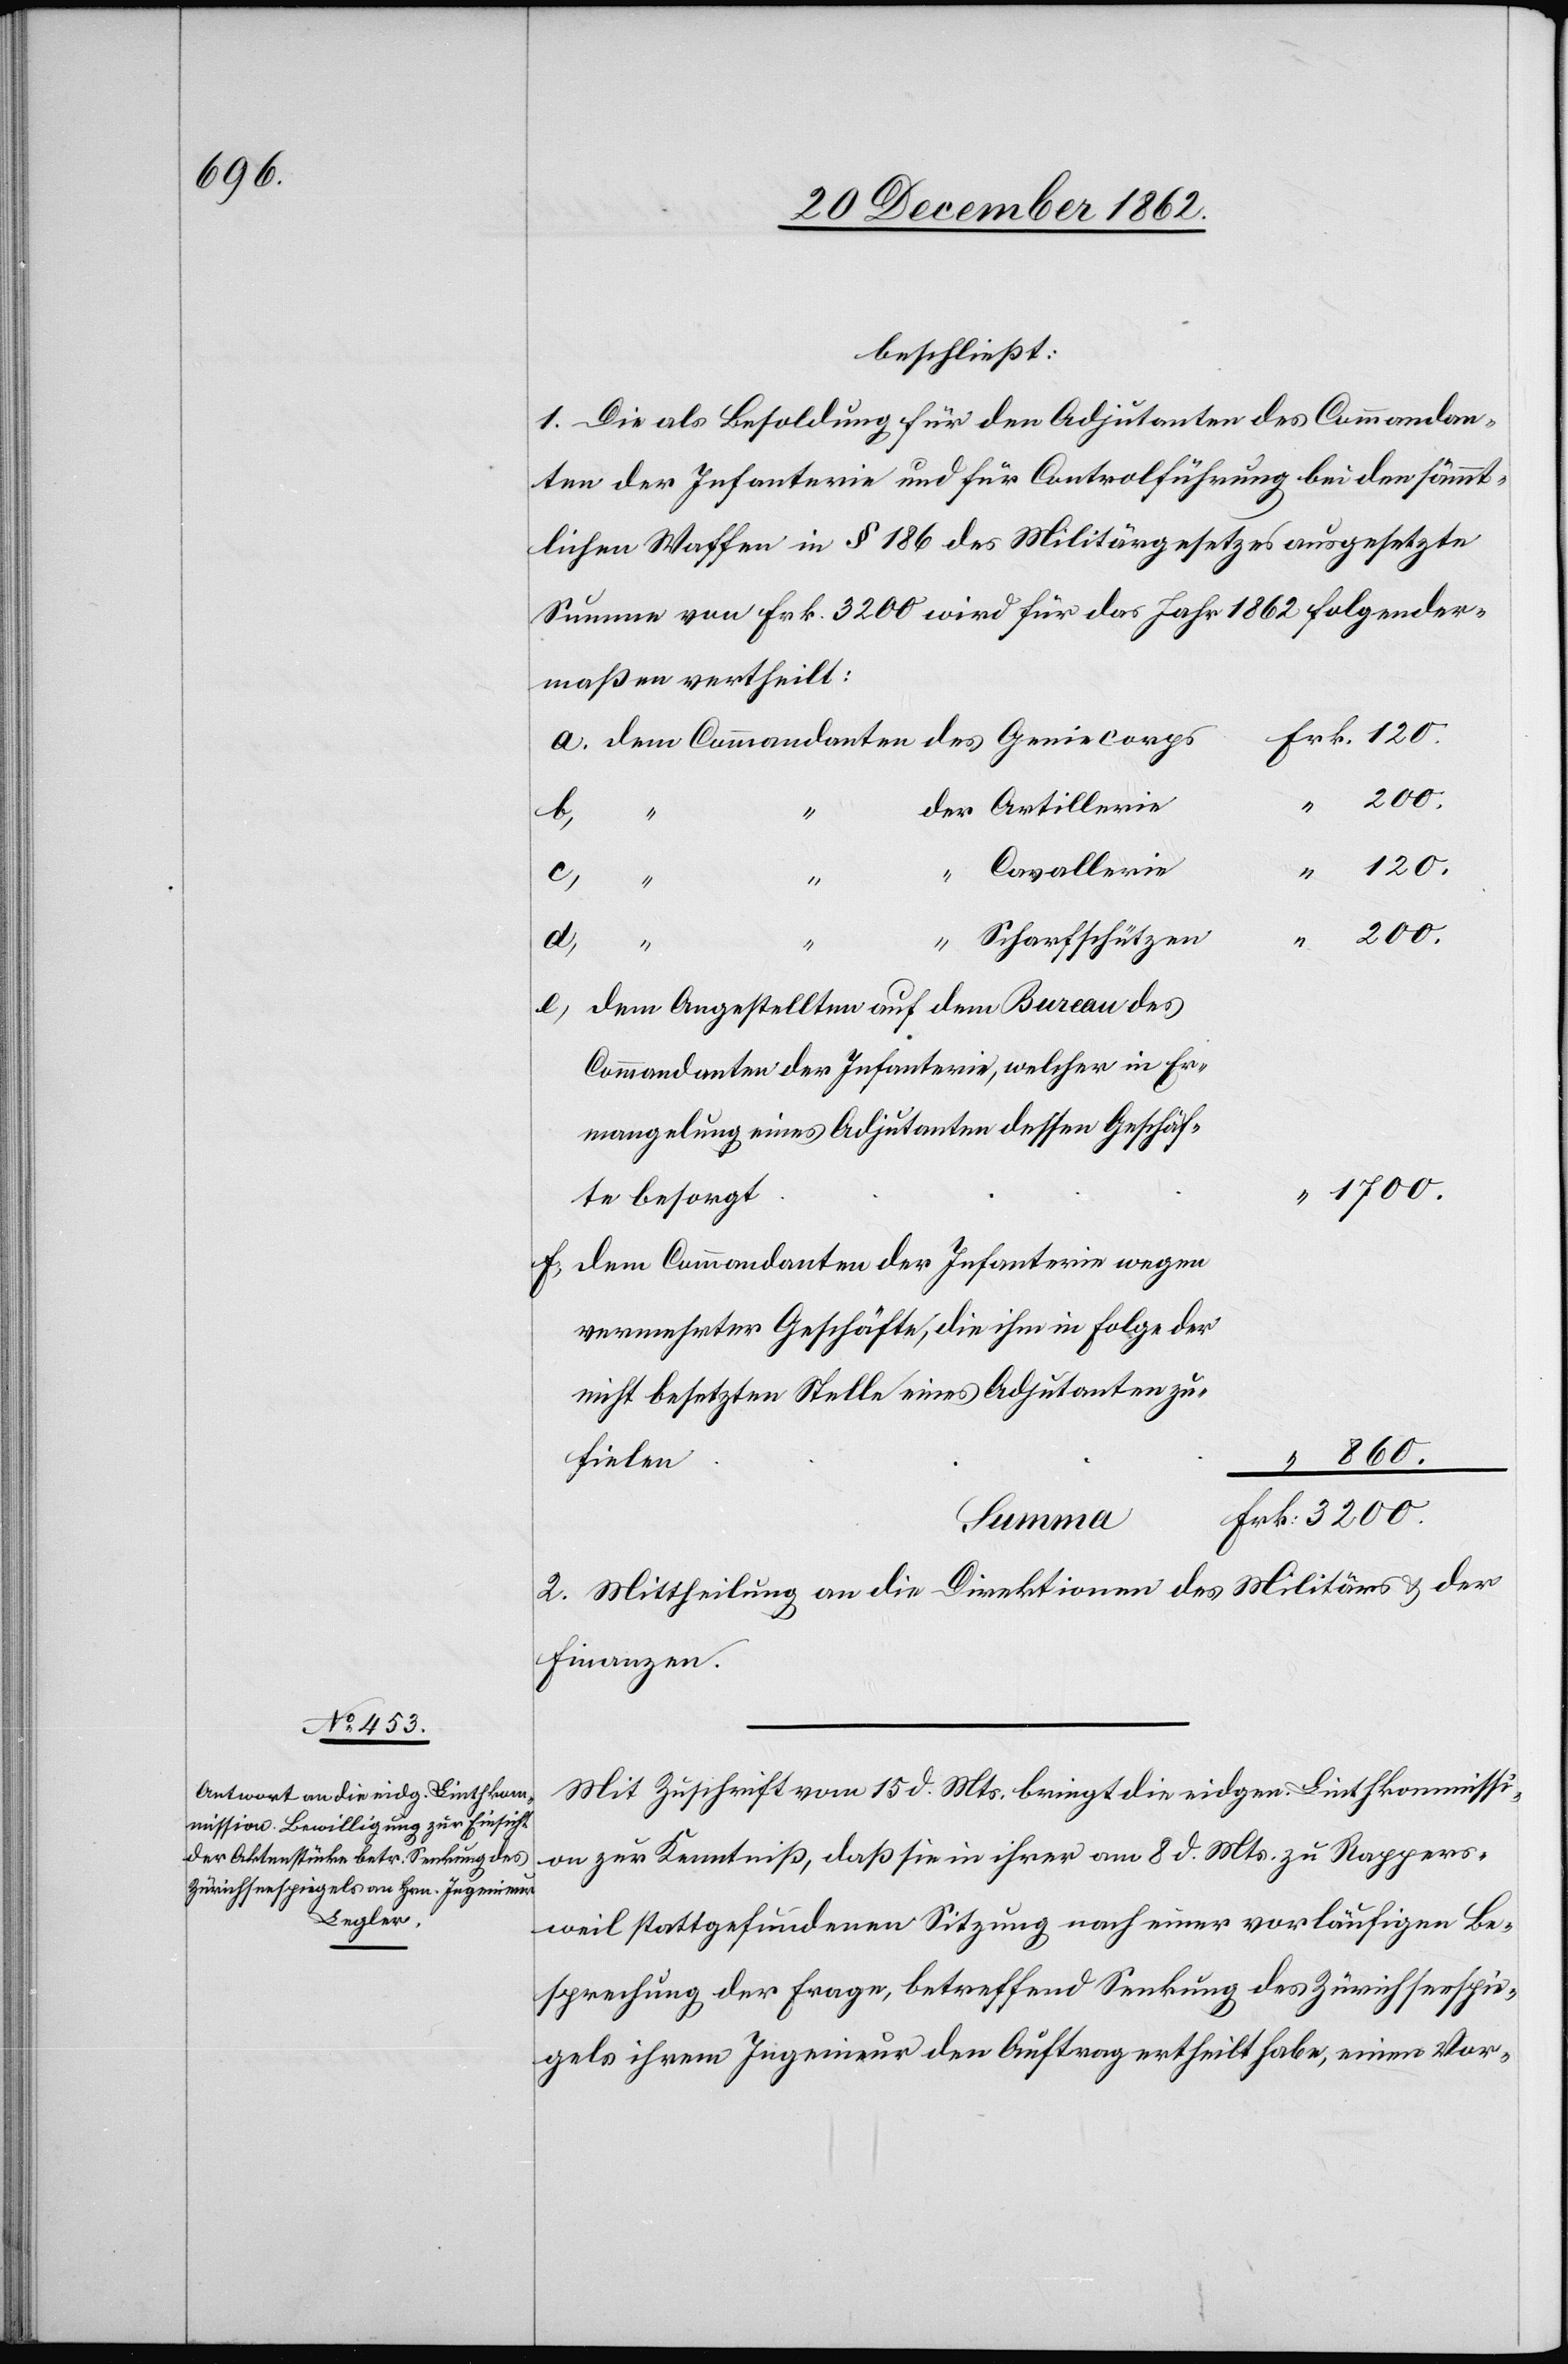
beschließt:
1. Die als Besoldung für den Adjutanten des Commandan¬
ten der Infanterie und für Controlführung bei den sämmt¬
lichen Waffen in § 186 des Militärgesetzes ausgesetzte
Summe von Frk. 3200 wird für das Jahr 1862 folgender¬
maßen vertheilt:
3200.
f.
“
Cavallerie
e.
Scharfschützen
120.
dem Angestellten auf dem Bureau des
Commandanten der Infanterie, welcher in Er¬
mangelung eines Adjutanten dessen Geschäf¬
1700.
te besorgt
dem Commandanten der Infanterie wegen
vermehrter Geschäfte, die ihm in Folge der
nicht besetzten Stelle eines Adjutanten zu¬
860.
fielen
Summa
2. Mittheilung an die Direktionen des Militärs u. der
Finanzen.
Mit Zuschrift vom 15. d. Mts. bringt die eidgen. Linthkommissi¬
on zur Kenntniß, daß sie in ihrer am 8. d. Mts. zu Rappers¬
weil stattgefundenen Sitzung nach einer vorläufigen Be¬
sprechung der Frage, betreffend Senkung des Zürichseespie¬
gels ihrem Ingenieur den Auftrag ertheilt habe, einen Vor-